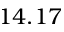
1 4 . 1 7